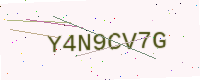
Text: Y4N9CV7G